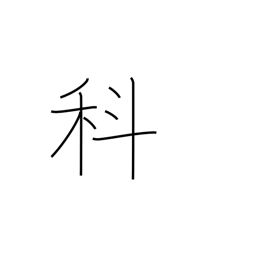
Meaning: section